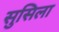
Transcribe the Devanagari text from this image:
सुसिला